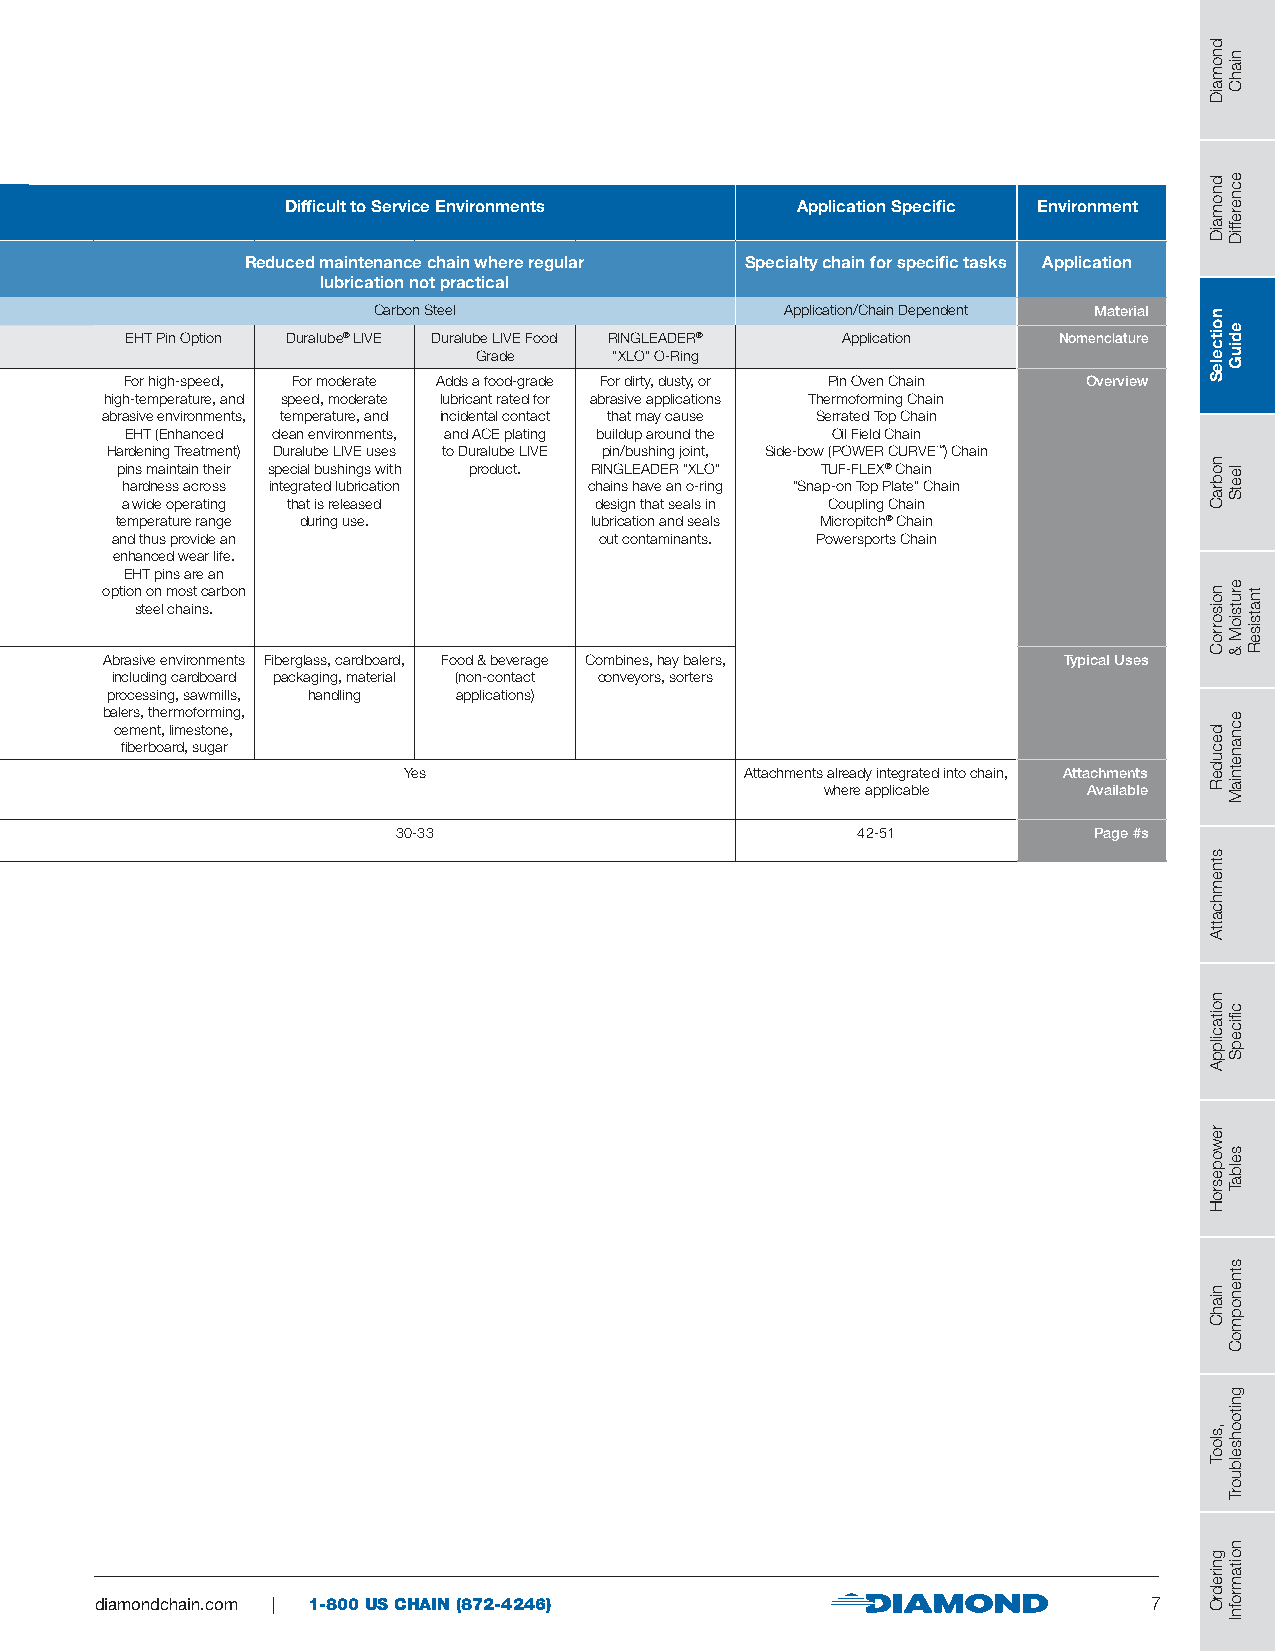
Difficult to Service Environments Application Specific Environment
 Reduced maintenance chain where regular Specialty chain for specific tasks Application
 lubrication not practical
 Carbon Steel               Application/Chain Dependent Material
 EHT Pin Option Duralube® LIVE Duralube LIVE Food RINGLEADER® Application Nomenclature
 Grade     “XLO” O-Ring
 For high-speed, For moderate Adds a food-grade For dirty, dusty, or Pin Oven Chain Overview
 high-temperature, and speed, moderate lubricant rated for abrasive applications Thermoforming Chain
 abrasive environments, temperature, and incidental contact that may cause Serrated Top Chain
 EHT (Enhanced clean environments, and ACE plating buildup around the Oil Field Chain
 Hardening Treatment) Duralube LIVE uses to Duralube LIVE pin/bushing joint, Side-bow (POWER CURVE™) Chain
 pins maintain their special bushings with product. RINGLEADER “XLO” TUF-FLEX® Chain
 hardness across integrated lubrication chains have an o-ring “Snap-on Top Plate” Chain
 a wide operating that is released design that seals in Coupling Chain
 temperature range during use.  lubrication and seals Micropitch® Chain
 and thus provide an              out contaminants. Powersports Chain
 enhanced wear life.
 EHT pins are an
 option on most carbon
 steel chains.
 Abrasive environments Fiberglass, cardboard, Food & beverage Combines, hay balers, Typical Uses
 including cardboard packaging, material (non-contact conveyors, sorters
 processing, sawmills, handling applications)
 balers, thermoforming,
 cement, limestone,
 fiberboard, sugar
 Yes                   Attachments already integrated into chain, Attachments
 where applicable Available
 30-33                          42-51          Page #s
 diamondchain.com | 1-800 US CHAIN (872-4246)                          7
 dnomaiD
 dnomaiD
 noitceleS
 nobraC
 noisorroC
 decudeR
 stnemhcattA
 noitacilppA
 rewopesroH
 niahC
 ,slooT
 gniredrO
 niahC
 ecnereffiD
 ediuG
 leetS
 erutsioM
 &
 ecnanetniaM
 cfiicepS
 selbaT
 stnenopmoC
 gnitoohselbuorT
 noitamrofnI
 tnatsiseR